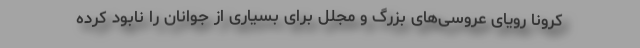
کرونا رویای عروسی‌های بزرگ و مجلل برای بسیاری از جوانان را نابود کرده